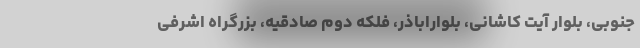
جنوبی، بلوار آیت کاشانی، بلواراباذر، فلکه دوم صادقیه، بزرگراه اشرفی